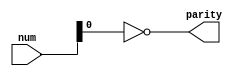
module is_even(
    input wire [7:0]num,

    output wire parity
);

assign parity = ~num[0];

endmodule